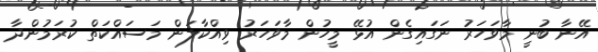
އޭނާ ބުނީ މާވަހަރު ނަގައިގެން އުޅޭ މީހުން މާވަހަރު ވިއްކާލަން މަސައްކަތް ކުރަމުންދާ